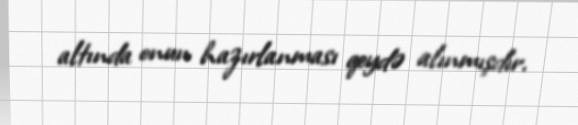
altında onun hazırlanması qeydə alınmışdır.